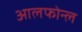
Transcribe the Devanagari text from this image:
आलफोन्ल